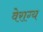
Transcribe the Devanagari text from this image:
वेराग्य